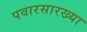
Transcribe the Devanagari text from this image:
पवारसारख्या